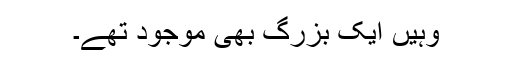
وہیں ایک بزرگ بھی موجود تھے۔